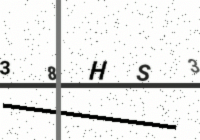
Text: 38HS3